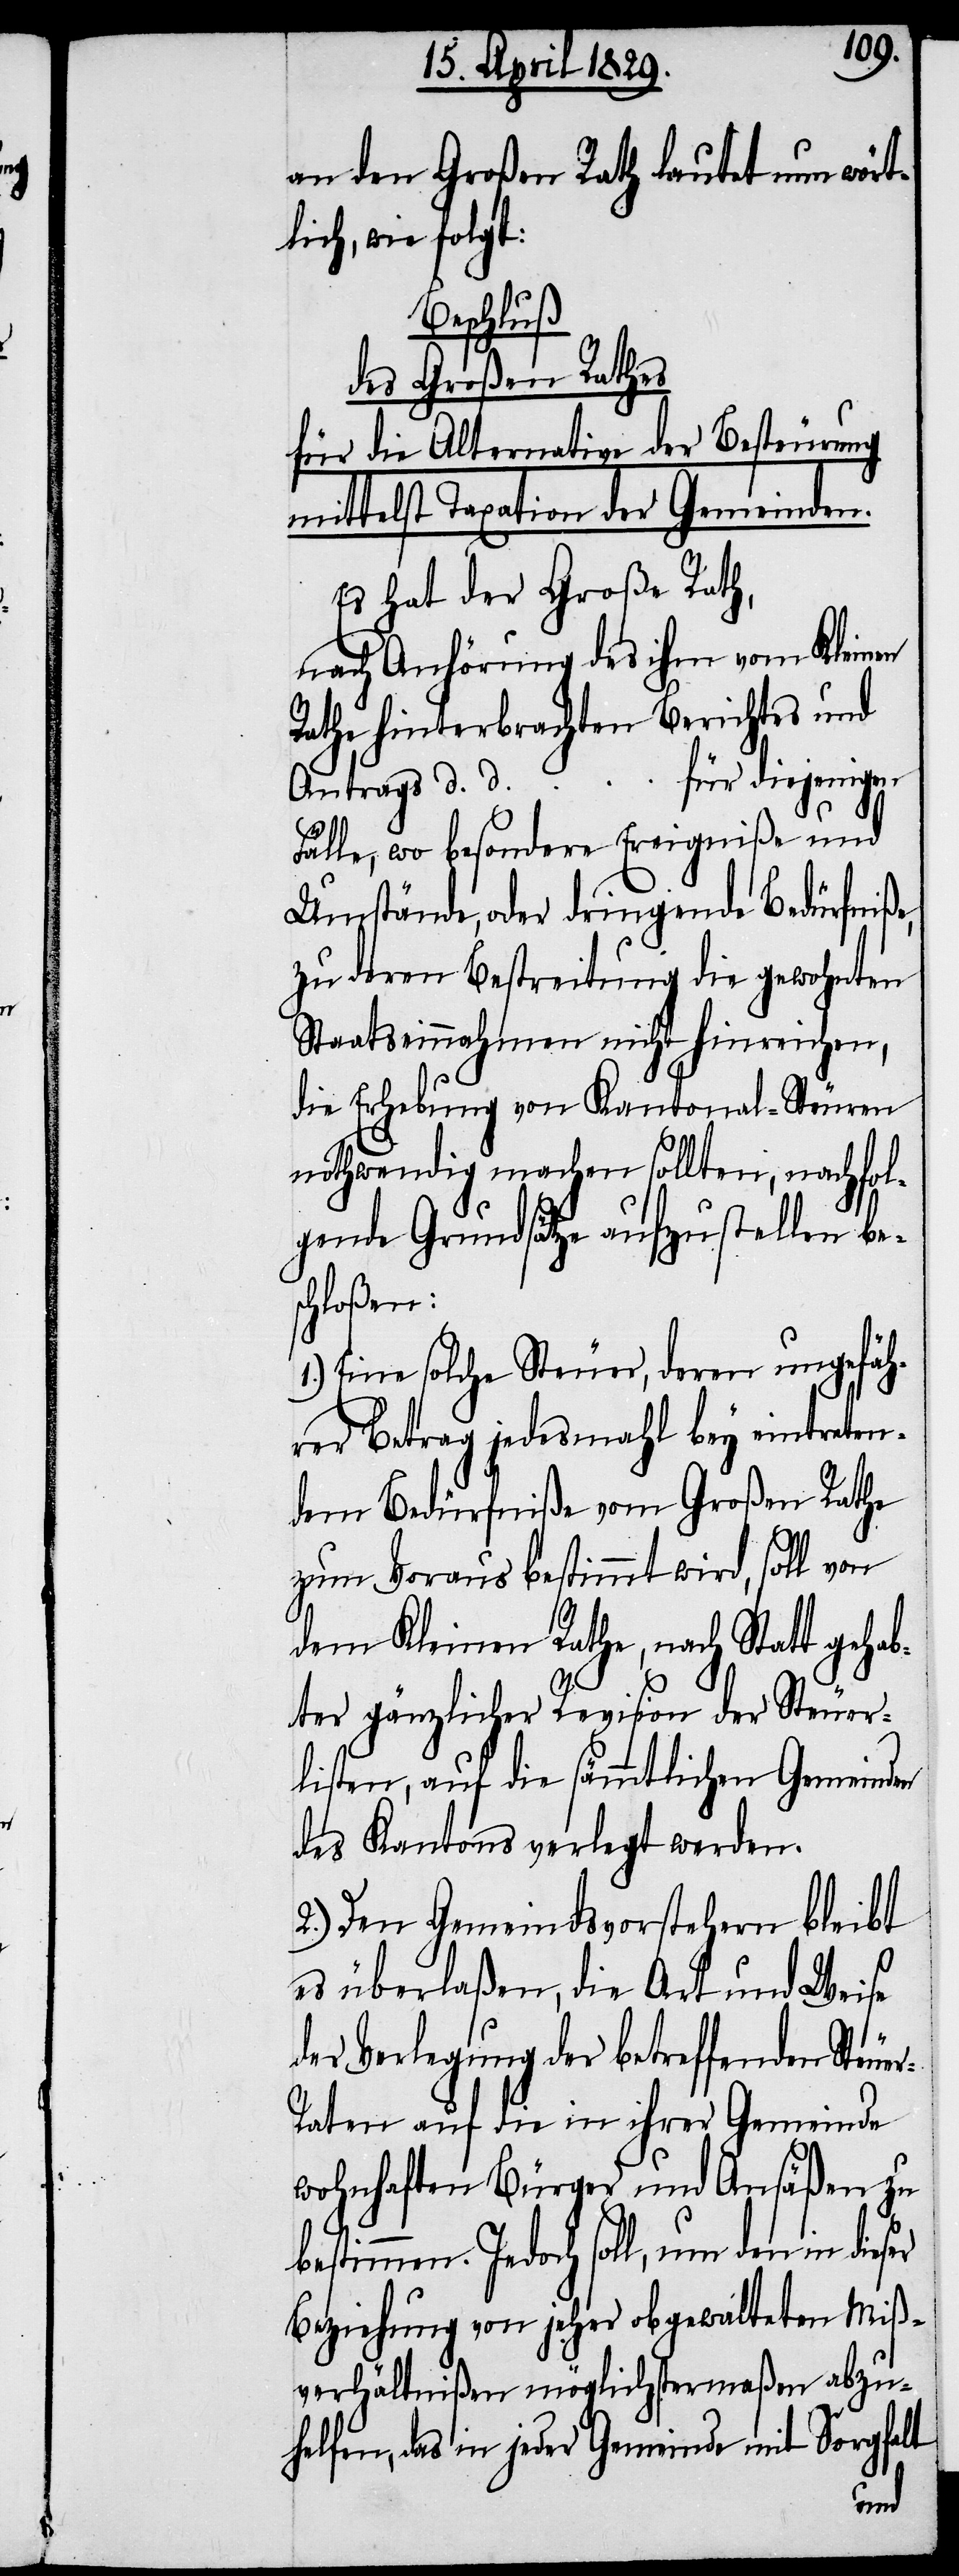
an den Großen Rath lautet nun wört¬
lich, wie folgt:
Beschluß
des Großen Rathes
für die Alternative der Besteurung
mittelst Taxation der Gemeinden.
Es hat der Große Rath,
nach Anhörung des ihm vom Kleinen
Rathe hinterbrachten Berichtes und
Antrags d. d. [...] für diejenigen
er
Fälle, wo besondere Ereigniße und
Umstände, oder dringende Bedürfniße,
zu deren Bestreitung die gewohnten
Staatseinnahmen nicht hinreichen,
die Erhebung von Kantonal-Steuren
nothwendig machen sollten, nachfol¬
gende Grundsätze aufzustellen be¬
schloßen:
1.) Eine solche Steuer, deren ungefäh¬
rer Betrag jedesmahl bey eintreten¬
dem Bedürfniße vom Großen Rathe
zum Voraus bestimmt wird, soll von
dem Kleinen Rathe, nach Statt gehab¬
ter gänzlicher Revision der Steuer¬
listen, auf die sämmtlichen Gemeinden
des Kantons verlegt werden.
2.) Den Gemeindsvorstehern bleibt
es überlaßen, die Art und Weise
der Verlegung der betreffenden Steue¬
r-Raten auf die in ihrer Gemeinden
wohnhaften Bürger und Ansäßen zu
bestimmen. Jedoch soll, um den in dies¬
Beziehung von jeher obgewalteten Miß¬
verhältnißen möglichstermaßen abzu¬
helfen, das in jeder Gemeinde mit Sorgfalt